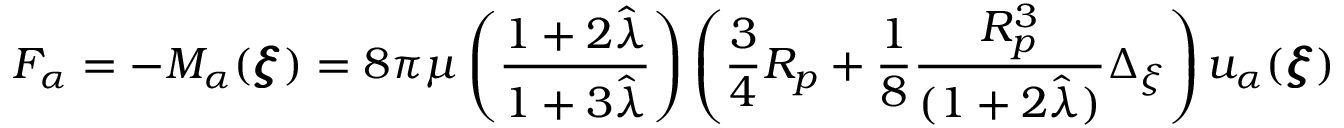
F _ { \alpha } = - M _ { \alpha } ( { \pmb \xi } ) = 8 \pi \mu \left( \frac { 1 + 2 \hat { \lambda } } { 1 + 3 \hat { \lambda } } \right) \left( \frac { 3 } { 4 } R _ { p } + \frac { 1 } { 8 } \frac { R _ { p } ^ { 3 } } { ( 1 + 2 \hat { \lambda } ) } \Delta _ { \xi } \right) u _ { \alpha } ( { \pmb \xi } )